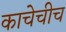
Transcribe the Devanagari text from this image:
काचेचीच